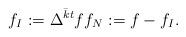
LaTeX: \begin{align*}f_I := \Delta^{\bar{k} t} f f_N := f - f_I.\end{align*}